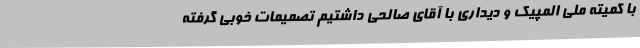
با کمیته ملی المپیک و دیداری با آقای صالحی داشتیم تصمیمات خوبی گرفته